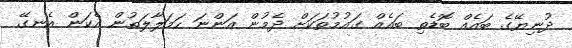
ދުނިޔޭގެ ބައެއް ބޮޑެތި ބައެއް ގައުމުތަކަށް ދެމުން އަންނަ ހަމަލާލަތުން އެކަން އެނގޭ